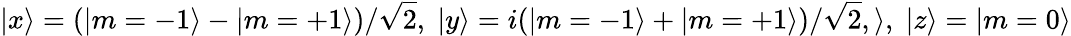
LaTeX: |x\rangle=(|m=-1\rangle-|m=+1\rangle)/\sqrt{2},\; |y\rangle=i(|m=-1\rangle+|m=+1\rangle)/\sqrt{2},\rangle,\; |z\rangle=|m=0\rangle